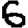
Digit: 6